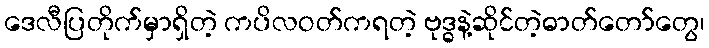
ဒေလီပြတိုက်မှာရှိတဲ့ ကပိလဝတ်ကရတဲ့ ဗုဒ္ဓနဲ့ဆိုင်တဲ့ဓာတ်တော်တွေ၊